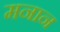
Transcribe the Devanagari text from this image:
मनान